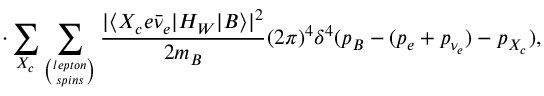
\cdot \sum _ { X _ { c } } \sum _ { \binom { l e p t o n } { s p i n s } } \frac { | \langle X _ { c } e \bar { \nu } _ { e } | H _ { W } | B \rangle | ^ { 2 } } { 2 m _ { B } } ( 2 \pi ) ^ { 4 } \delta ^ { 4 } ( p _ { B } - ( p _ { e } + p _ { \nu _ { e } } ) - p _ { X _ { c } } ) ,